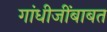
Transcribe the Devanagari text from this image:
गांधीजींबाबत